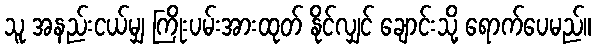
သူ အနည်းငယ်မျှ ကြိုးပမ်းအားထုတ် နိုင်လျှင် ချောင်းသို့ ရောက်ပေမည်။